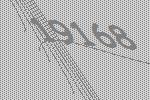
19168